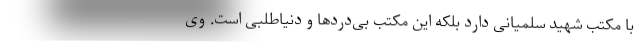
با مکتب شهید سلمیانی دارد بلکه این مکتب بی‌دردها و دنیاطلبی است. وی